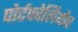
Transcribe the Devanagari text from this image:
पोर्टफोलियोव